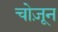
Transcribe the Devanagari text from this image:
चोज़ून